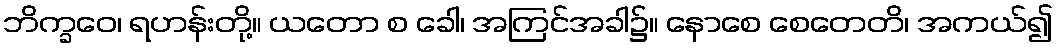
ဘိက္ခဝေ၊ ရဟန်းတို့။ ယတော စ ခေါ၊ အကြင်အခါ၌။ နောစေ စေတေတိ၊ အကယ်၍